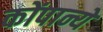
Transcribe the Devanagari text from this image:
कोंपान्ये